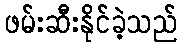
ဖမ်းဆီးနိုင်ခဲ့သည်